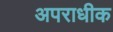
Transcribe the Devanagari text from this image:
अपराधीक